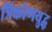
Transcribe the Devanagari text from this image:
त्रिकोणयुद्ध